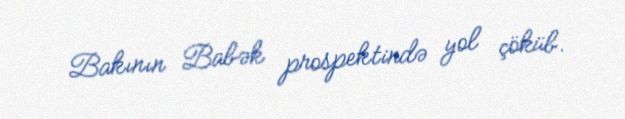
Bakının Babək prospektində yol çöküb.